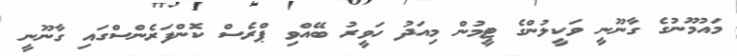
މައުމޫނުގެ ގާނޫނީ ވަކީލުންގެ ޓީމުން މިއަދު ހަވީރު ބޭއްވި ޕްރެސް ކޮންފަރެންސްގައި ގާނޫނީ